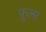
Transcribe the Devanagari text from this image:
फ़ूला